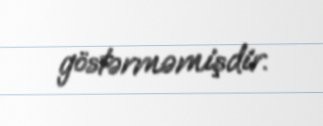
göstərməmişdir.